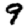
Digit: 9